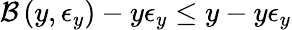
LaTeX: \mathcal{B}\left(y,\epsilon_{y}\right)-y\epsilon_{y}\le y-y\epsilon_{y}